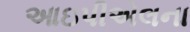
આઇપીએલના